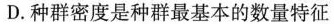
D.种群密度是种群最基本的数量特征